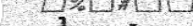
1    -